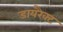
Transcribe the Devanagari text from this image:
डायरैक्ट